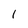
Character: 1